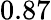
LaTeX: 0.87